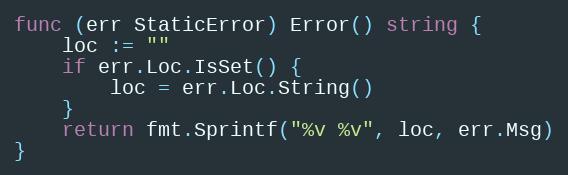
Language: Go
func (err StaticError) Error() string {
	loc := ""
	if err.Loc.IsSet() {
		loc = err.Loc.String()
	}
	return fmt.Sprintf("%v %v", loc, err.Msg)
}